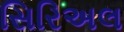
સિરિઅલ